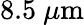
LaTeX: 8.5\ \mu\mathrm{m}